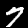
Digit: 7